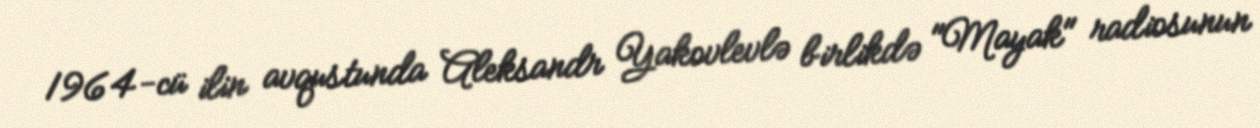
1964-cü ilin avqustunda Aleksandr Yakovlevlə birlikdə "Mayak" radiosunun